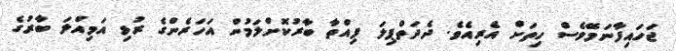
ޖަހައިފާނަމޭވެސް ހިތަށް އެރިއެވެ. ދެދަތްޕިލަ ފިއްތާ ބާރުކޮށްލަމުން އަހަރެންގެ ރުޅި އަމިއްލަ ބާރުގެ